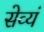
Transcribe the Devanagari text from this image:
सेव्यं